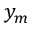
y _ { m }